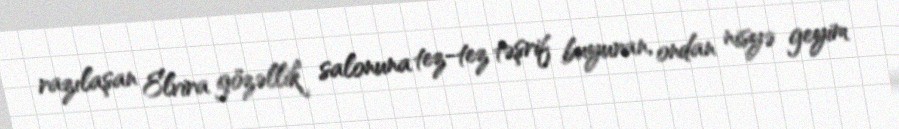
razılaşan Elvira gözəllik salonuna tez-tez təşrif buyuran, ondan nisyə geyim